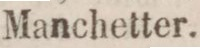
Manchetter.